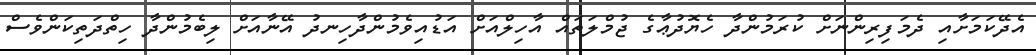
އެދޭކަމަށާއި ދެމަފިރިންނަށް ކުރަމުންދާ ހެޔޮދުޢާގެ ޖުމްލަތައް އާހިލްއަށް އަޑުއިވެމުންދާހިނދު އޭނާއަށް ލިބެމުންދާ ހިތްދަތިކަންވެސް